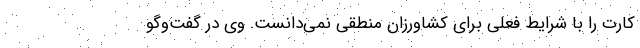
کارت را با شرایط فعلی برای کشاورزان منطقی نمی‌دانست. وی در گفت‌وگو